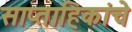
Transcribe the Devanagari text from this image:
साप्ताहिकांचे